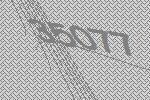
35077